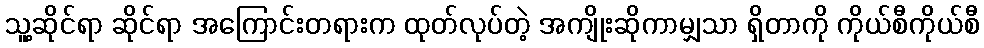
သူ့ဆိုင်ရာ ဆိုင်ရာ အကြောင်းတရားက ထုတ်လုပ်တဲ့ အကျိုးဆိုကာမျှသာ ရှိတာကို ကိုယ်စီကိုယ်စီ